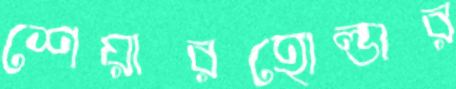
শেয়ারহোল্ডার